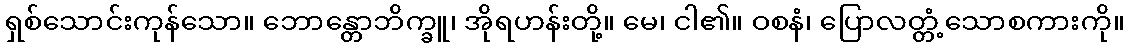
ရှစ်သောင်းကုန်သော။ ဘောန္တောဘိက္ခူ၊ အိုရဟန်းတို့။ မေ၊ ငါ၏။ ဝစနံ၊ ပြောလတ္တံ့သောစကားကို။